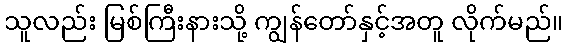
သူလည်း မြစ်ကြီးနားသို့ ကျွန်တော်နှင့်အတူ လိုက်မည်။